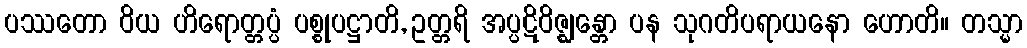
ပဿတော ဝိယ ဟိရောတ္တပ္ပံ ပစ္စုပဋ္ဌာတိ, ဥတ္တရိ အပ္ပဋိဝိဇ္ဈန္တော ပန သုဂတိပရာယနော ဟောတိ။ တသ္မာ